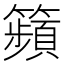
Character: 𥷎